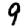
Digit: 9